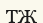
ТЖ